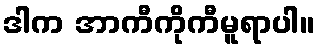
ဒါက အာကီကိုကီမူရာပါ။